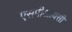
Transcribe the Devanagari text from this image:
एसपीआयसी